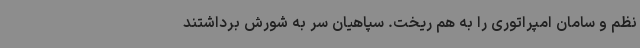
نظم و سامان امپراتوری را به ‌هم‌ ریخت. سپاهیان سر به شورش برداشتند